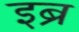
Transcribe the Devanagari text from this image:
इब्र